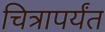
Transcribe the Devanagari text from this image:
चित्रापर्यंत